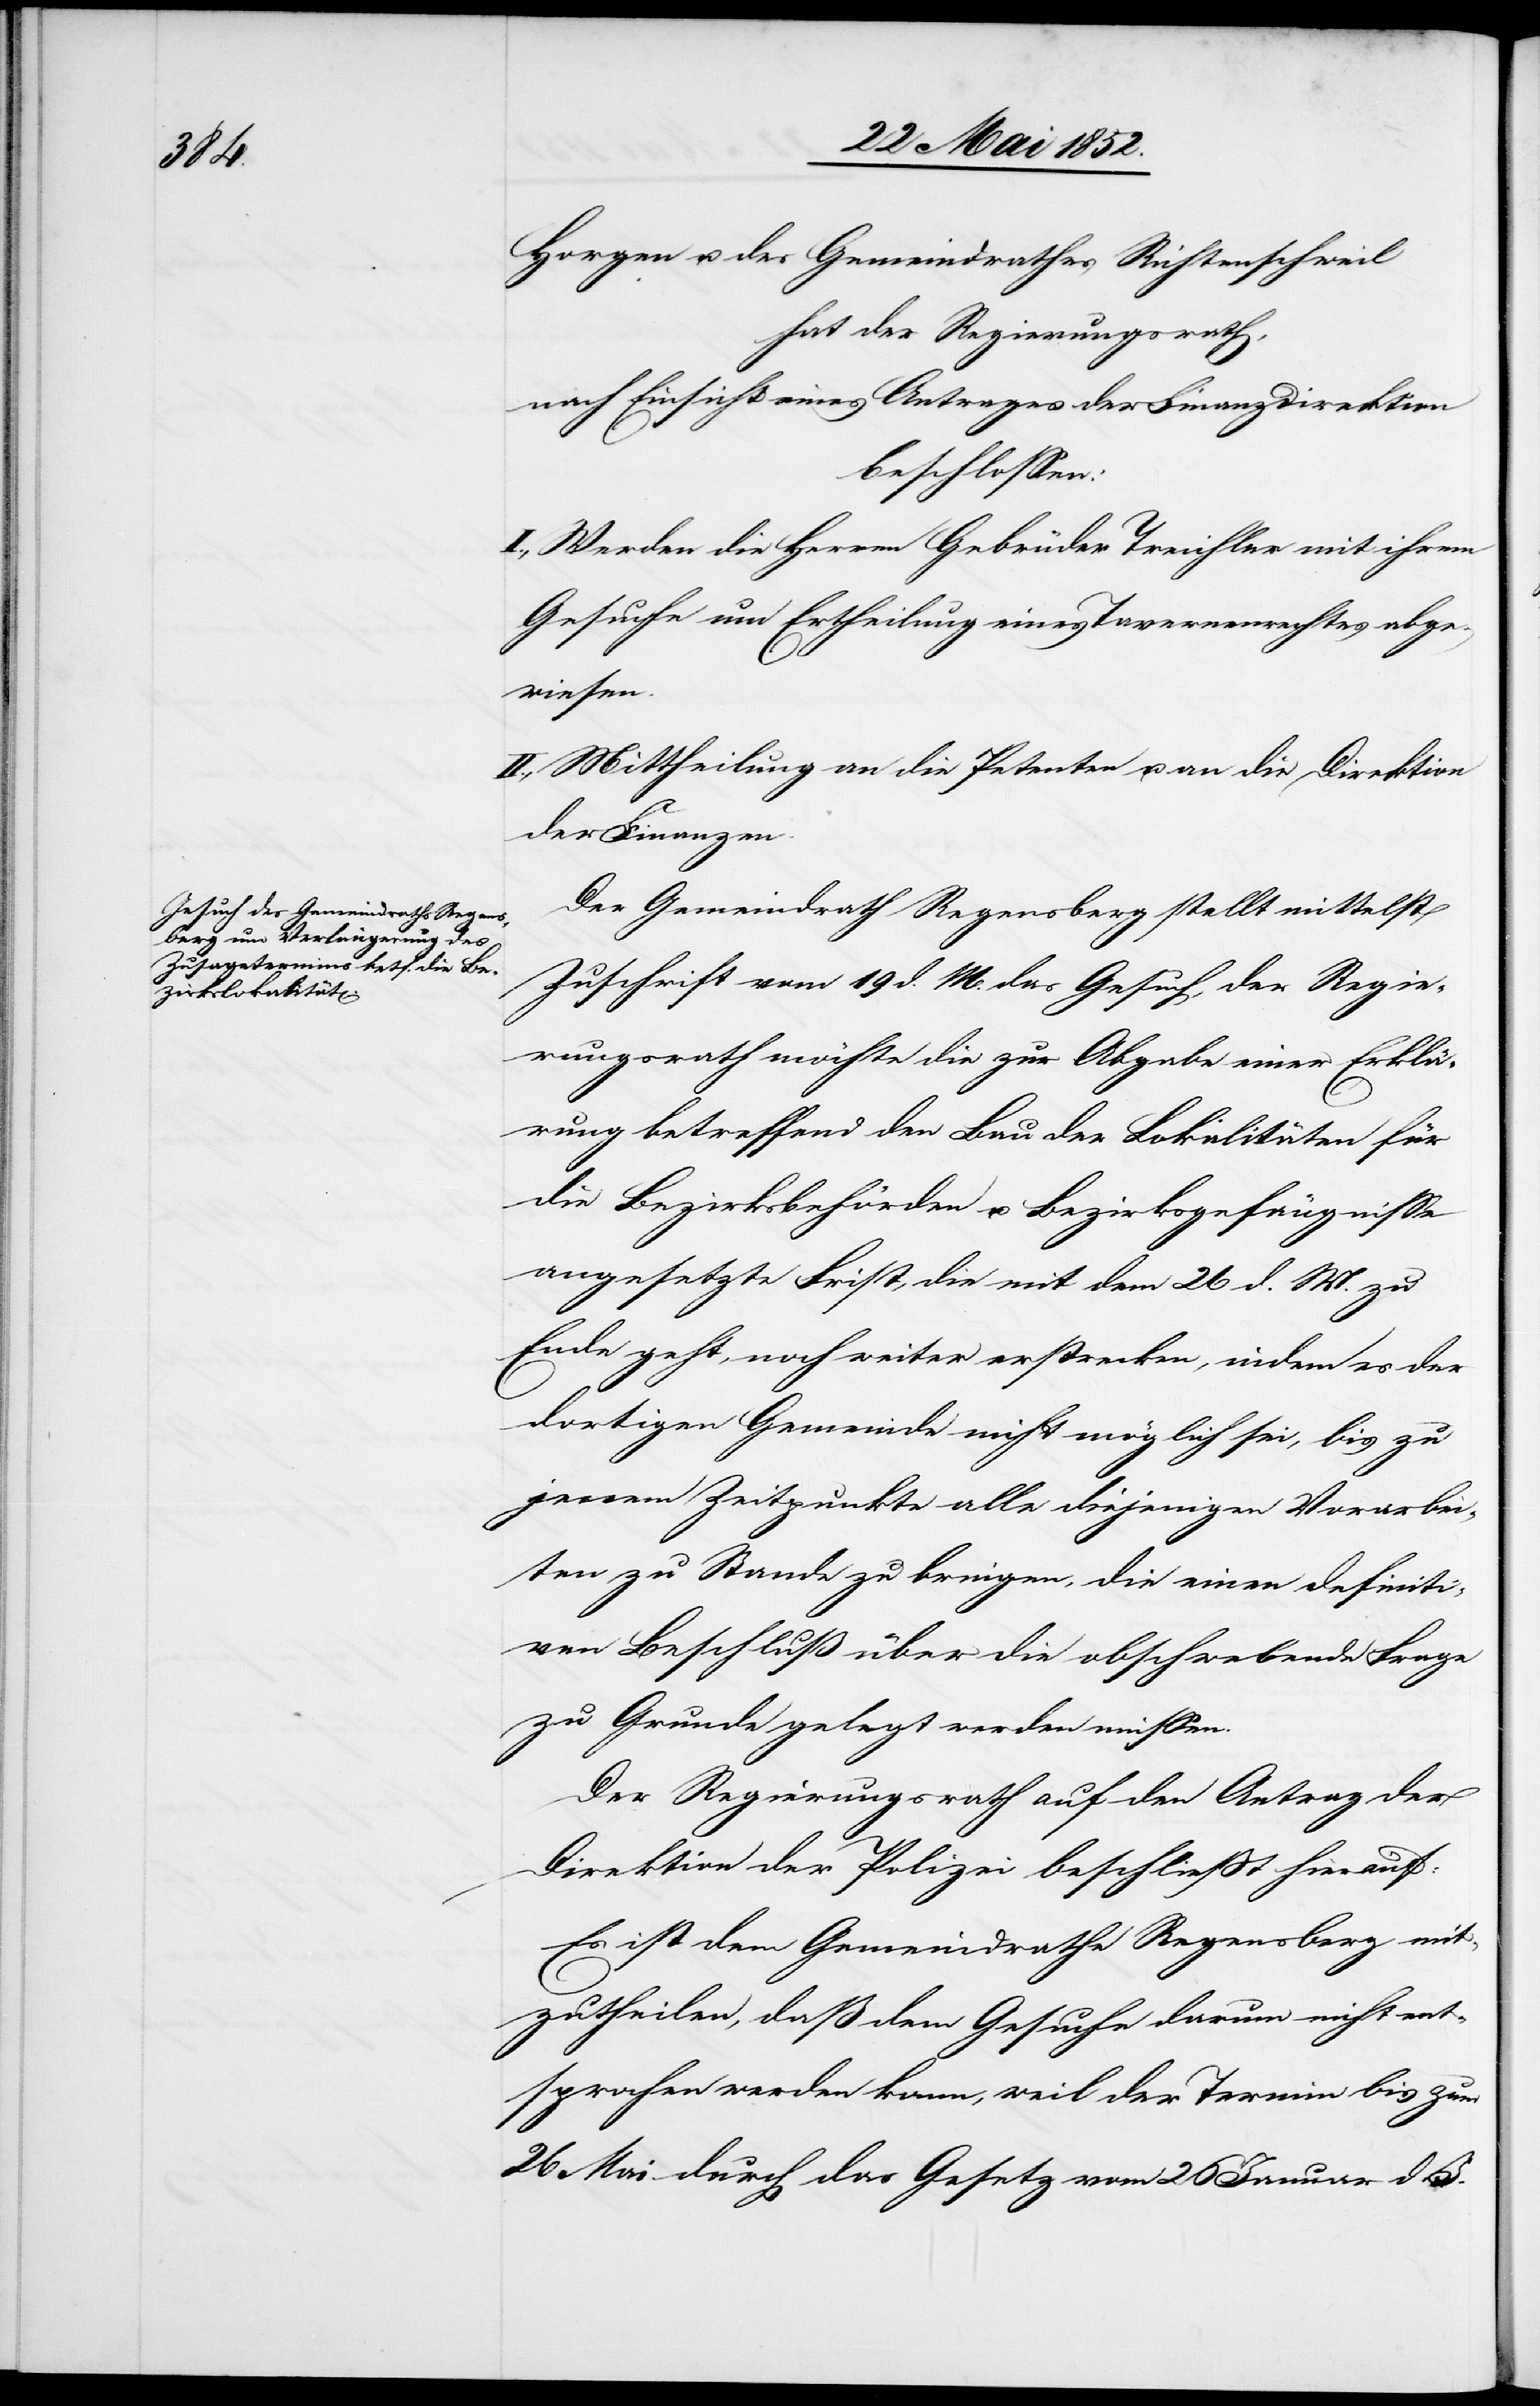
Horgen u. des Gemeindrathes Richtenschweil
hat der Regierungsrath,
nach Einsicht eines Antrages der Finanzdirektion
beschlossen:
I., Werden die Herren Gebrüder Treichler mit ihrem
Gesuche um Ertheilung eines Tavernenrechtes abge¬
wiesen.
II., Mittheilung an die Petenten u. an die Direktion
der Finanzen.
Der Gemeindrath Regensberg stellt mittelst
Zuschrift vom 19 d. M. das Gesuch, der Regie¬
rungsrath möchte die zur Abgabe einer Erklä¬
rung betreffend den Bau der Lokalitäten für
die Bezirksbehörden u. Bezirksgefängnisse
angesetzte Frist, die mit dem 26 d. M. zu
Ende geht, noch weiter erstrecken, indem es der
dortigen Gemeinde nicht möglich sei, bis zu
jenem Zeitpunkte alle diejenigen Vorarbei¬
ten zu Stande zu bringen, die einem definiti¬
ven Beschluß über die obschwebende Frage
zu Grunde gelegt werden müssen.
Der Regierungsrath auf den Antrag der
Direktion der Polizei beschliesst hierauf:
Es ist dem Gemeindrathe Regensberg mit¬
zutheilen, daß dem Gesuche darum nicht ent¬
sprochen werden kann, weil der Termin bis zum
26 Mai durch das Gesetz vom 26 Januar d. J.